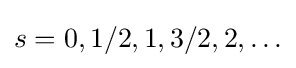
s=0,1/2,1,3/2,2,\ldots